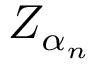
\textstyle Z _ { \alpha _ { n } }